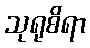
သုရုစိရာ